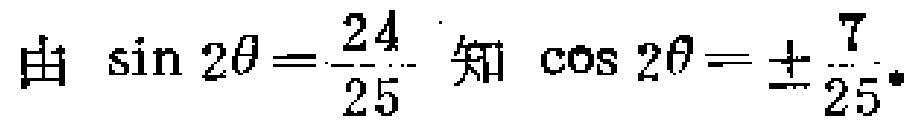
由 $\sin 2\theta=\frac{24}{25}$ 知 $\cos 2\theta = \pm\frac{7}{25}$。